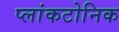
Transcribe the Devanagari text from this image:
प्लांकटोनिक